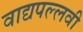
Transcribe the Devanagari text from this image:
वाद्यपल्लवी